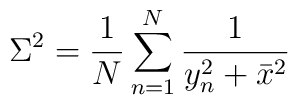
\Sigma^2=\frac{1}{N}\sum_{n=1}^N\frac{1}{y_n^2+\bar x^2}